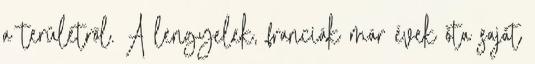
a területről. A lengyelek, franciák már évek óta saját